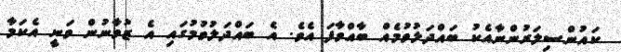
ކައުންސިލަރުންނާއެކު ބައްދަލުވުމެއް ބާއްވާފަ އެވެ. އެ ބައްދަލުވުމުގައި އެ ޒުވާނުން ވަނީ އެކަމާ